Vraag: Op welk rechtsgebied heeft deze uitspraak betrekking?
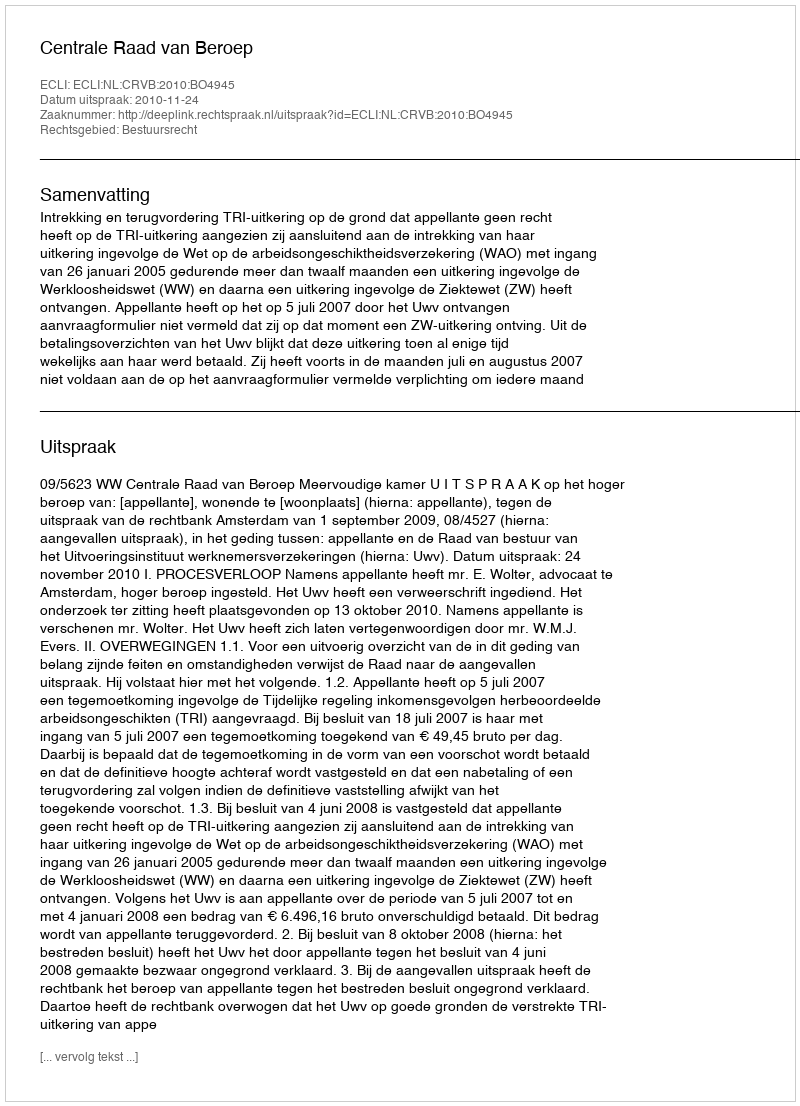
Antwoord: Bestuursrecht